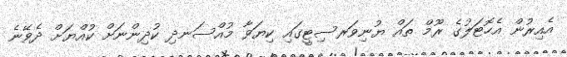
އެއިރުން އެހޮޓަލުގެ ރޫމް ތައް ޔުނިވަރސިޓީގައި ކިޔަވާ މުއްސަނދި ކުދިންނަށް ކުއްޔަށް ދެވޭނެ